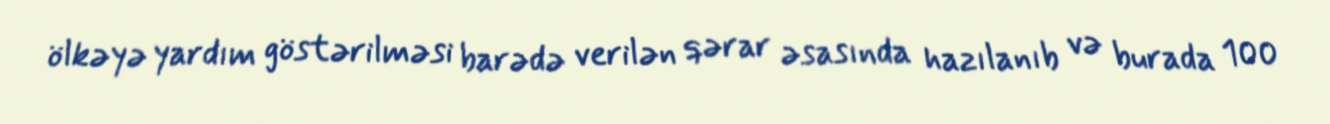
ölkəyə yardım göstərilməsi barədə verilən qərar əsasında hazılanıb və burada 100